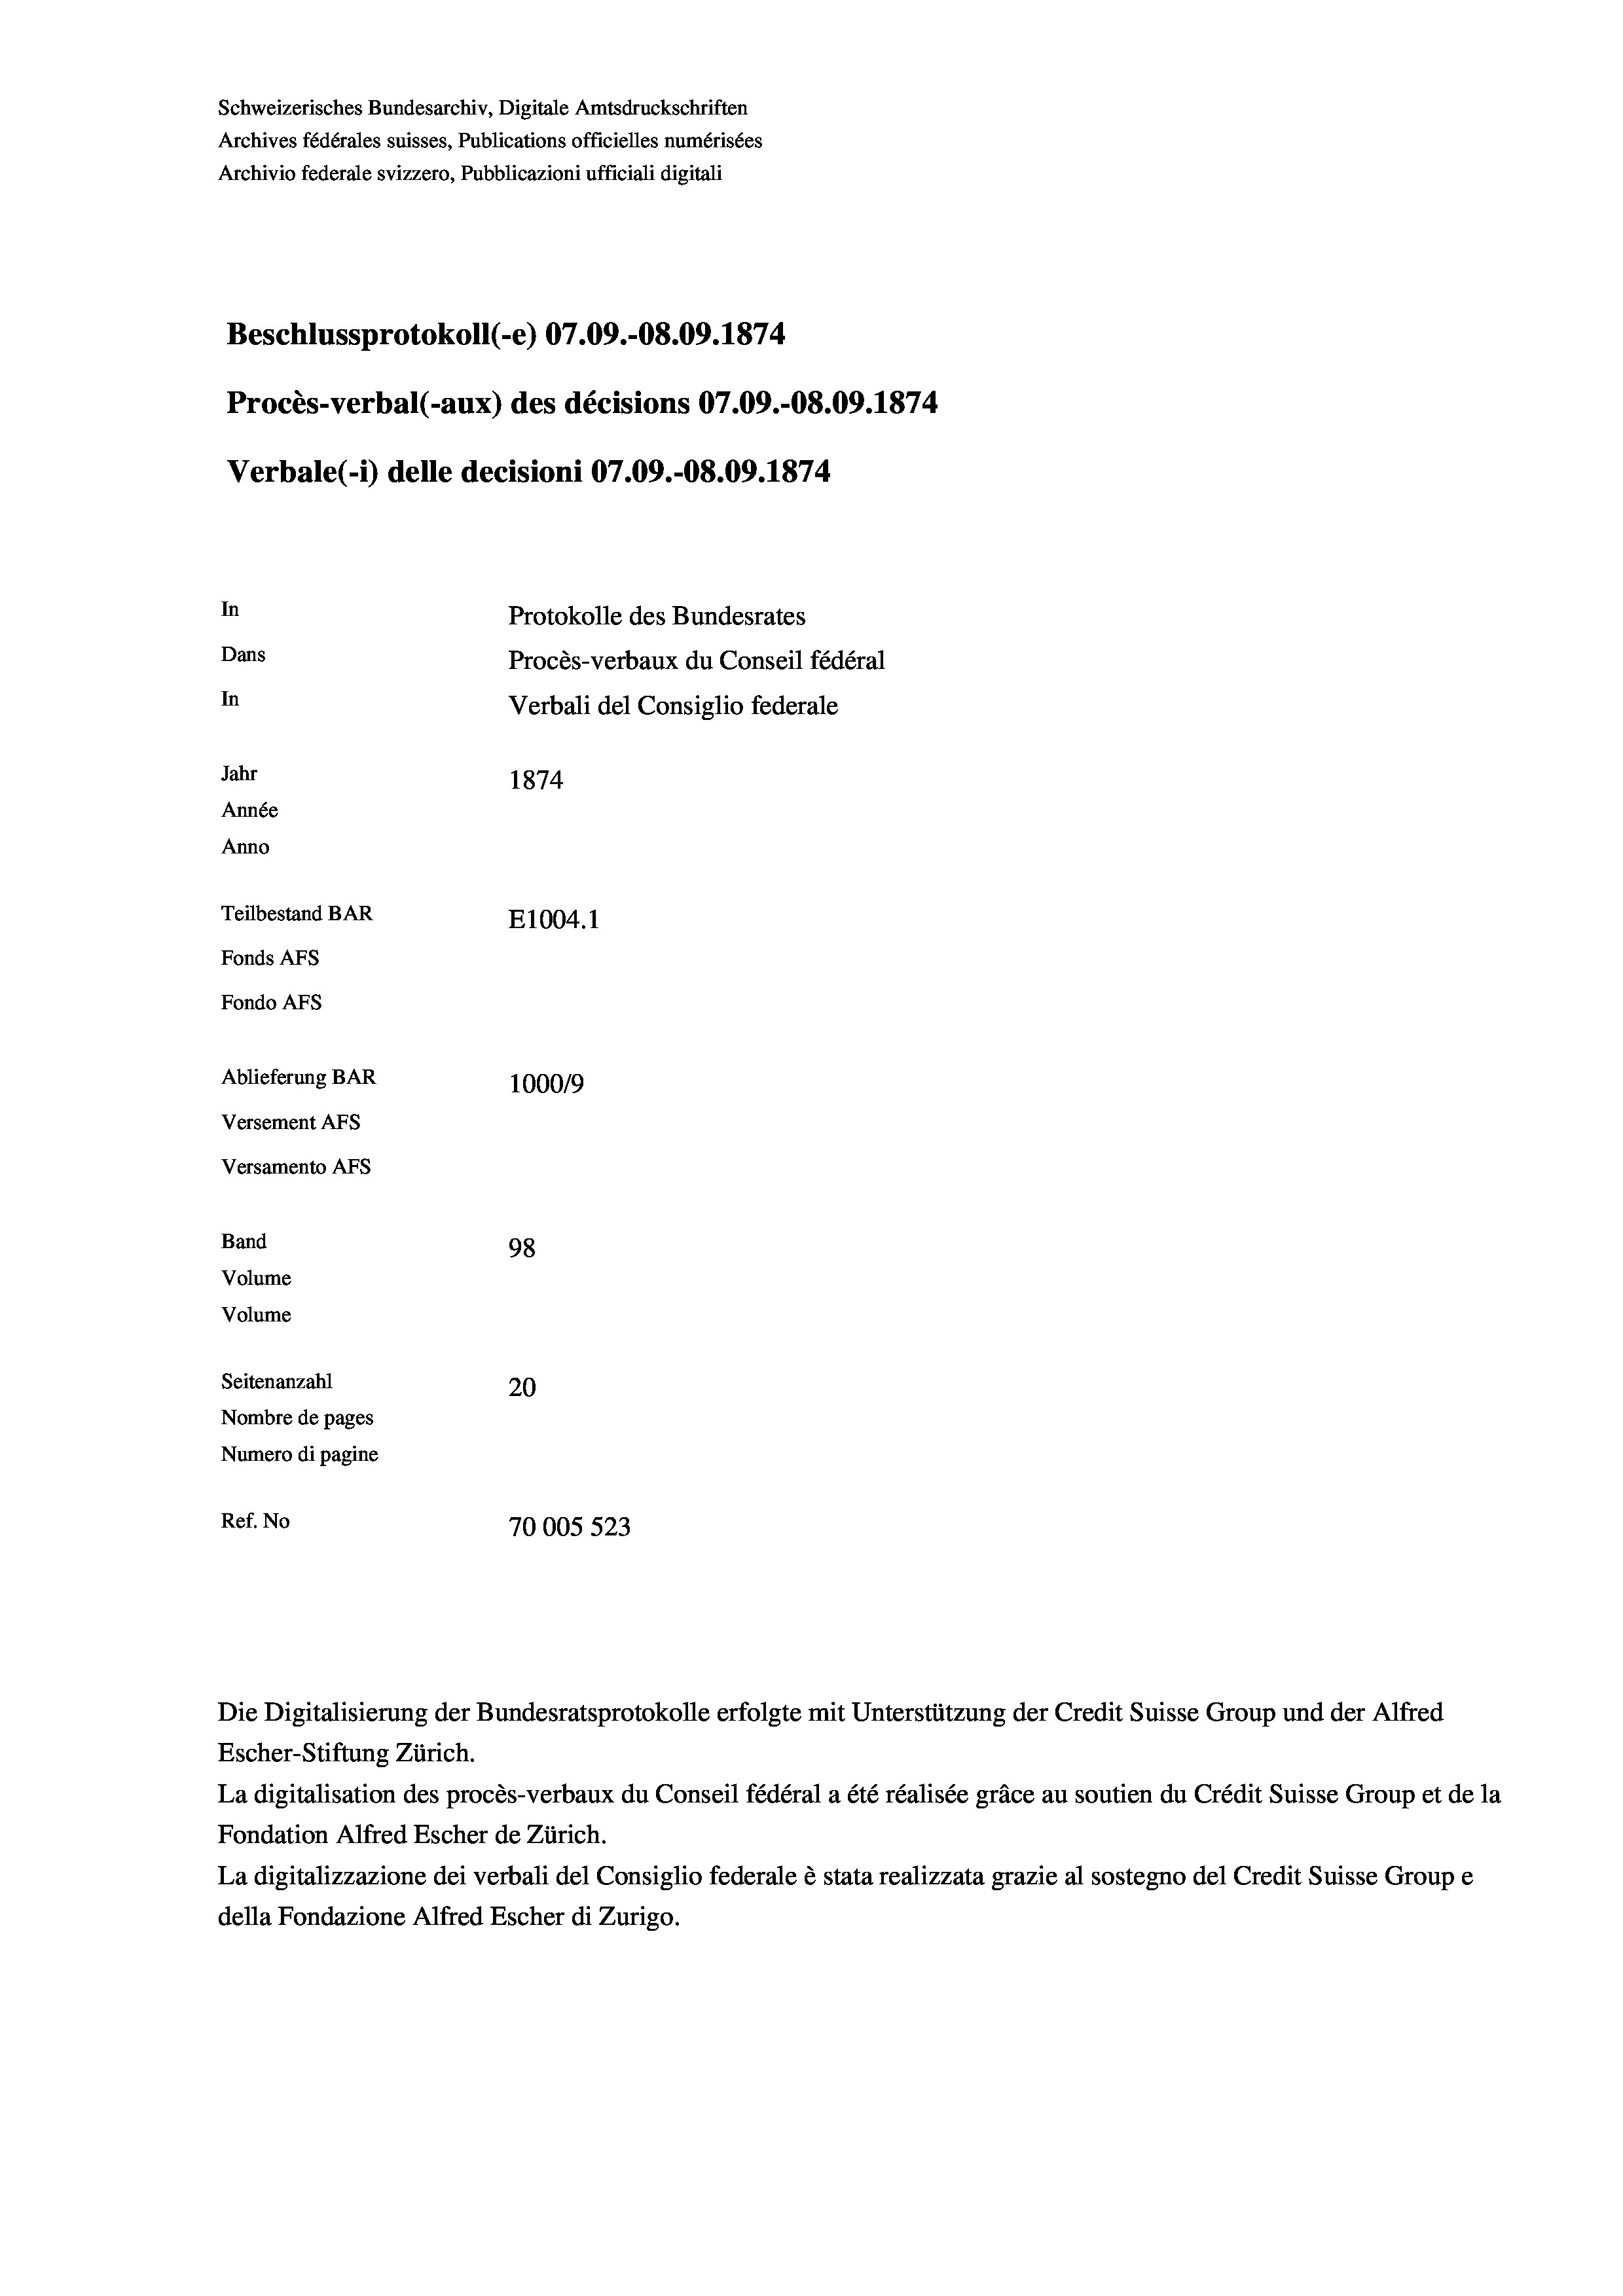
Schweizerisches Bundesarchiv, Digitale Amtsdruckschriften
Archives fédérales suisses, Publications officielles numérisées
Archivio federale svizzero, Pubblicazioni ufficiali digitali
Beschlussprotokoll (-e) 07.09.-08.09. 1874
Procès-verbal (-aux) des décisions 07.09.-O8.09. 1874
Verbale(-*) delle decisioni 07.09.-08.09. 1874
In
Protokolle des Bundesrates
Dans
Procès-verbaux du Conseil fédéral
In
Verbali del Consiglio federale
Jahr
1874
Année
Anno
Teilbestand BAR
E1004.1
Fonds Afs
Fondo AFS
Ablieferung BAR
100019
Versement AFs
Versamento AFs
Band
98
Volume
Volume

Seitenanzahl
Nombre de pages
Numero di pagine
Ref. No

20
70005 523

Die Digitalisierung der Bundesratsprotokolle erfolgte mit Unterstützung der Credit Suisse Group und der Alfred
Escher-Stiftung Zürich.
La digitalisation des procès-verbaux du Conseil fédéral a été réalisée gräce au soutien du Crédit Suisse Group et de la
Fondation Alfred Escher de Zürich.
La digitalizzazione dei verbali del Consiglio federale è stata realizzata grazie al sostegno del Credit Suisse Groupe
della Fondazione Alfred Escher di Zurigo.